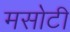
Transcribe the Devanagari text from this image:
मसोटी